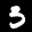
Label: 3